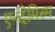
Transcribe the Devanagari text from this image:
एन्देमिस्म